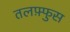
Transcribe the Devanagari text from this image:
तलफ़्फुस